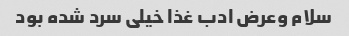
سلام وعرض ادب غذا خیلی سرد شده بود